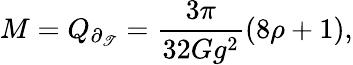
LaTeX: M=Q_{\partial_{\mathscr{T}}}=\frac{{3\pi}}{{32Gg^{2}}}(8\rho+1),